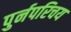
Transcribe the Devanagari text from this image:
पुर्नपरिचय